Vaccination North-Western Provinces 1866-1877 - 1866-1877
Year: 1866
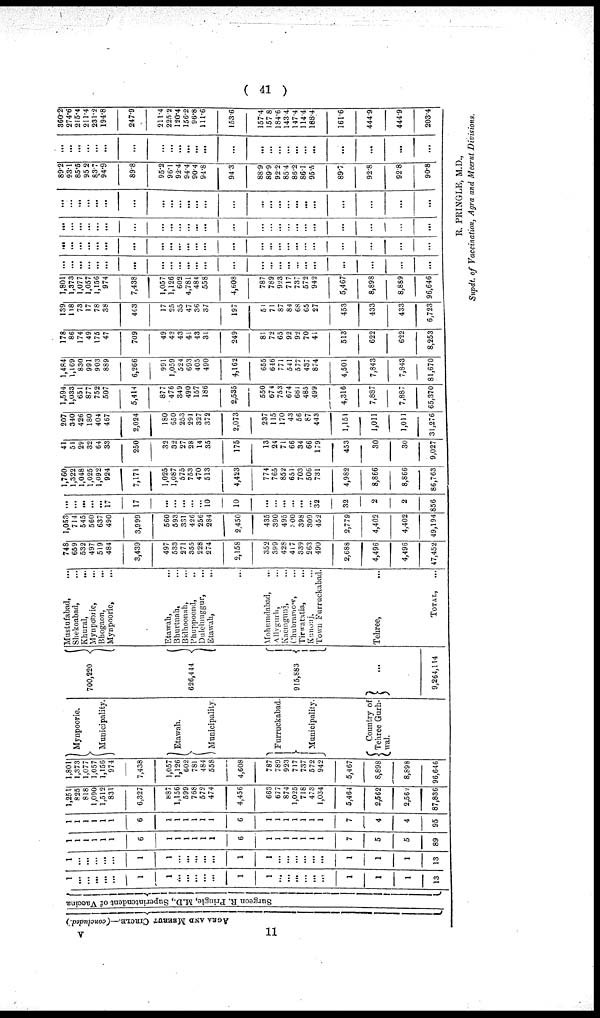
( 41 )
AGRA
AND
MEERUT CIRCLE.—(concluded.)
Surgeon R. Pringle , M.D., Superintendent of Vaccina
1
...
...
...
...
...
1
1
...
...
...
...
...
1
1
...
...
...
...
...
...
1
1
1
13
1
...
...
...
...
...
1
1
...
...
...
...
...
1
1
...
...
...
...
...
...
1
1
1
13
1
1
1
1
1
1
6
1
1
1
1
1
1
6
1
1
1
1
1
1
1
7
5
5
89
1
1
1
1
1
1
6
1
1
1
1
1
1
6
1
1
1
1
1
1
1
7
4
4
95
1,251
825
818
1,090
1,512
831
6,327
887
1,156
599
768
572
474
4,456
663
677
874
1,025
718
473
1,034
5,464
2,562
2,562
87,836
1,801
1,373
1,077
1,057
1,156
974
7,438
1,057
1,126
602
781
484
558
4,608
787
789
923
717
737
572
942
5,467
8,898
8,898
96,646
Mynpoorie.
Municipality.
Etawah
Municipality
Furruckabad.
Municipality.
Country of
Tehree Gurh¬
wal.
700,220
626,444
915,883
...
9,264,114
Mustufabad, ...
Shekoabad, ...
Khural,
...
Mynpoorie, ...
Bhogaon, ...
Mynpoorie, ...
Etawah,
...
Bhurtnah, ...
Bidhoonah, ...
Phuppoond, ...
Dulelnuggur, ...
Etawah, ...
...
Mohumdabad, ...
Allygurh, ...
Kaemgunj, ...
Chubramow, ...
Tirwantatia, ...
Kunoaj, ...
Town Furruckabad.
Tehree,
TOTAL, ...
748
659
532
497
519
484
3,439
497
533
271
355
228
274
2,158
352
399
428
417
339
263
490
2,688
4,496
4,496
47,452
1,053
714
545
560
637
490
3,999
560
593
331
426
256
284
2,450
435
390
495
300
398
309
452
2,779
4,402
4,402
49,194
...
...
...
...
... 17
17
...
...
...
...
... 10
10
...
...
...
...
...
...
32
32
2
2
856
1,760
1,322
1,048
1,025
1,092
924
7,171
1,025
1,087
575
753
470
513
4,423
774
765
852
651
703
506
731
4,982
8,866
8,866
86,763
41
51
29
32
64
33
250
32
32
27
28
14
35
175
13
24
71
66
34
66
179
453
30
30
9,027
207
340
426
180
404
467
2,024
180
550
253
291
327
372
2,073
237
115
170
43
56
87
443
1,151
1,011
1,011
31,276
1,594
1,033
651
877
752
507
5,414
877
476
349
490
157
186
2,535
550
674
753
674
681
485
499
4,316
7,887
7,887
65,370
1,484
1,169
830
991
903
889
6,266
991
1,059
524
693
405
490
4,162
655
646
771
541
577
437
874
4,501
7,843
7,843
81,670
178
86
174
49
175
47
709
49
42
43
41
43
31
249
81
72
65
92
92
70
41
513
622
622
8,253
139
118
73
17
78
38
463
17
25
35
47
36
37
197
51
71
87
84
68
65
27
453
433
433
6,723
1,801
1,373
1,077
1,057
1,156
974
7,438
1,057
1,126
602
4,781
484
558
4,608
787
789
923
717
737
572
942
5,467
8,898
8,889
96,646
...
...
...
...
...
...
...
...
...
...
...
...
...
...
...
...
...
...
...
...
...
...
...
...
...
...
...
...
...
...
...
...
...
...
...
...
...
...
...
...
...
...
...
...
...
...
...
...
...
...
...
...
...
...
...
...
...
...
...
...
...
...
...
...
...
...
...
...
...
...
...
...
...
...
...
...
...
...
...
...
...
...
...
...
...
...
...
...
...
...
...
...
...
...
...
...
...
...
...
...
89.2
93.1
85.5
95.2
83.7
94.9
89.8
95.2
96.1
92.4
94.4
90.4
94.8
94.3
88.9
89.9
92.2
85.4
86.2
86.1
95.5
89.7
92.8
92.8
90.8
...
...
...
...
...
...
...
...
...
...
...
...
...
...
...
...
...
...
...
...
...
...
...
...
360.2
274.6
215.4
211.4
231.2
194.8
247.9
211.4
225.2
120.4
156.2
96.8
111.6
153.6
157.4
157.8
184.6
143.4
147.4
114.4
188.4
161.6
444.9
444.9
203.4
R. PRINGLE, M.D.,
Supdt. of Vaccination, Agra and Meerut Divisions.
V
11